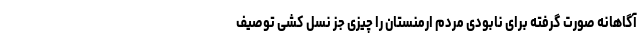
آگاهانه صورت گرفته برای نابودی مردم ارمنستان را چیزی جز نسل کشی توصیف